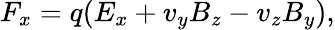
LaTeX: F_{x}=q(E_{x}+v_{y}B_{z}-v_{z}B_{y}),